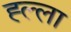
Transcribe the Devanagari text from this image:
ह्ल्ला